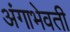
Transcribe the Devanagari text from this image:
अंगाभेवती